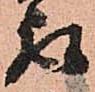
取